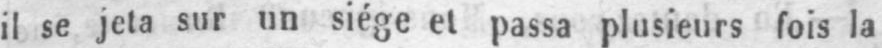
il se jeta sur un siège et passa plusieurs fois la